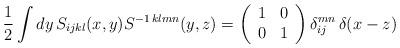
LaTeX: \begin{align*}\frac{1}{2}\int dy\,S_{ijkl}(x,y)S^{-1\,klmn}(y,z)=\left(\begin{array}{cc}1&0\\0&1\end{array}\right)\delta_{ij}^{mn}\,\delta(x-z)\end{align*}